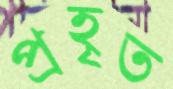
প্রহৃত